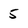
Character: 2